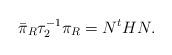
LaTeX: \begin{align*}\bar\pi _R\tau_2^{-1}\pi_R= N^t HN.\end{align*}